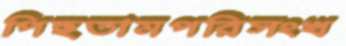
পিছতামপরিসংখ